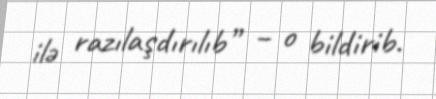
ilə razılaşdırılıb” – o bildirib.